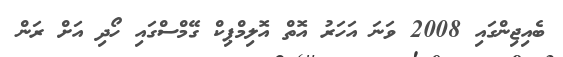
ބެއިޖިންގައި 2008 ވަނަ އަހަރު އޮތް އޮލިމްޕިކް ގޭމްސްގައި ހޯދި އަށް ރަން